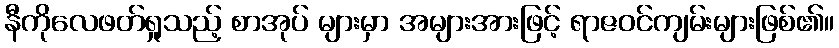
နီကိုလေဖတ်ရှုသည့် စာအုပ် များမှာ အများအားဖြင့် ရာဇဝင်ကျမ်းများဖြစ်၏။